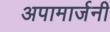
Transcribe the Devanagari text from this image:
अपामार्जनी